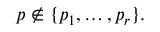
p \notin \{ p _ { 1 } , \ldots , p _ { r } \} .